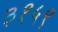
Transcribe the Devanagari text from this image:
३१५९